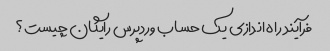
فرآیند راه اندازی یک حساب وردپرس رایگان چیست؟